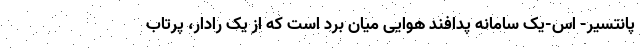
پانتسیر- اس-یک سامانه پدافند هوایی میان برد است که از یک رادار، پرتاب